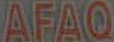
AFAQ